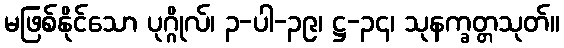
မဖြစ်နိုင်သော ပုဂ္ဂိုလ်၊ ၃-ပါ-၃၉၊ ဋ္ဌ-၃၄၊ သုနက္ခတ္တသုတ်။